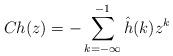
LaTeX: \begin{align*} Ch(z) = -\sum_{k=-\infty}^{-1}\hat{h}(k)z^k\end{align*}